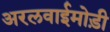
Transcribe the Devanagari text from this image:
अरलवाईमोड़ी